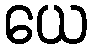
ယေ